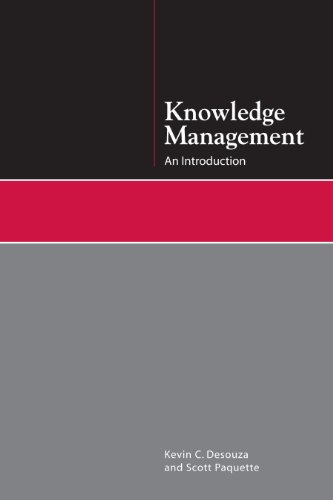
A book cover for Knowledge Management: An Introduction; Kevin C. Desouza; Business & Money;